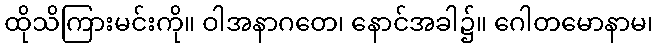
ထိုသိကြားမင်းကို။ ဝါအနာဂတေ၊ နောင်အခါ၌။ ဂေါတမောနာမ၊